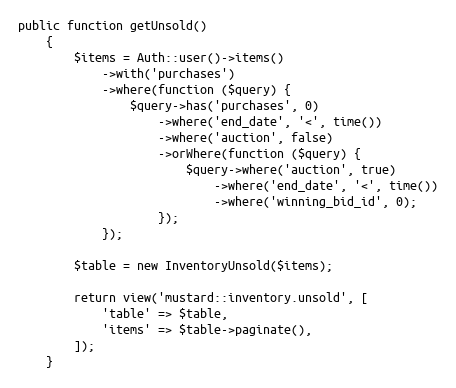
Language: PHP
public function getUnsold()
    {
        $items = Auth::user()->items()
            ->with('purchases')
            ->where(function ($query) {
                $query->has('purchases', 0)
                    ->where('end_date', '<', time())
                    ->where('auction', false)
                    ->orWhere(function ($query) {
                        $query->where('auction', true)
                            ->where('end_date', '<', time())
                            ->where('winning_bid_id', 0);
                    });
            });

        $table = new InventoryUnsold($items);

        return view('mustard::inventory.unsold', [
            'table' => $table,
            'items' => $table->paginate(),
        ]);
    }